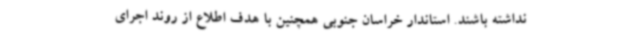
نداشته باشند. استاندار خراسان جنوبی همچنین با هدف اطلاع از روند اجرای